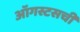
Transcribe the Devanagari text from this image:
ऑगस्टसची